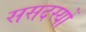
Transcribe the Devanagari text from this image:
ससदस्यों